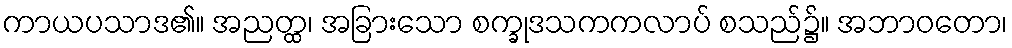
ကာယပသာဒ၏။ အညတ္ထ၊ အခြားသော စက္ခုဒသကကလာပ် စသည်၌။ အဘာဝတော၊